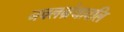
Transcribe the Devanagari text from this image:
नवलग्रंथावलि